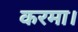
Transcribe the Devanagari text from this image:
करमा।